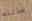
خذلته